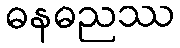
ဓနဓညဿ